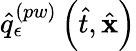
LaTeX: \hat{q}_{\epsilon}^{\left(pw\right)}\left(\hat{t},\hat{\mathbf{x}}\right)